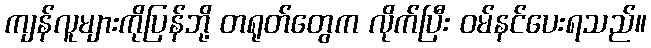
ကျန်လူများကိုပြန်ဘို့ တရုတ်တွေက လိုက်ပြီး ဝမ်နင်ပေးရသည်။